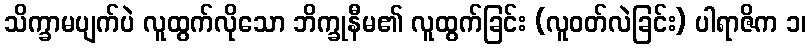
သိက္ခာမပျက်ပဲ လူထွက်လိုသော ဘိက္ခုနီမ၏ လူထွက်ခြင်း (လူဝတ်လဲခြင်း) ပါရာဇိက ၁၊